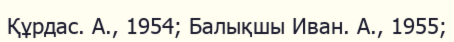
Құрдас. А., 1954; Балықшы Иван. А., 1955;